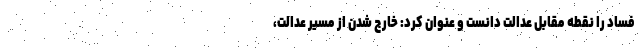
فساد را نقطه مقابل عدالت دانست و عنوان کرد: خارج شدن از مسیر عدالت،